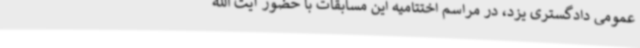
عمومی دادگستری یزد، در مراسم اختتامیه این مسابقات با حضور آیت الله